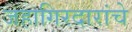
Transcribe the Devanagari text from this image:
जहागिरदारांचे